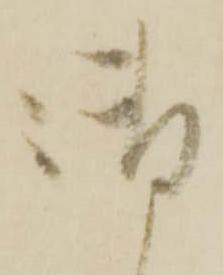
御